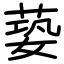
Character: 蒆